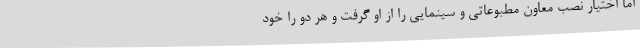
اما اختیار نصب معاون مطبوعاتی و سینمایی را از او گرفت و هر دو را خود